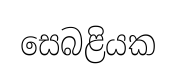
සෙබළියක